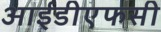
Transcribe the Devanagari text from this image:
आईडीएफसी